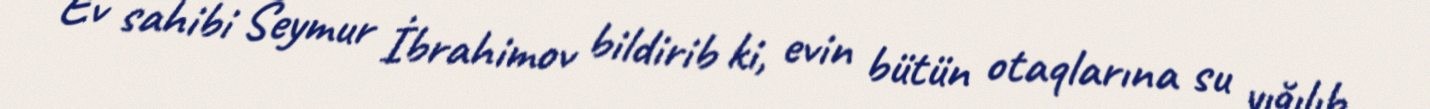
Ev sahibi Seymur İbrahimov bildirib ki, evin bütün otaqlarına su yığılıb,